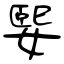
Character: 媐